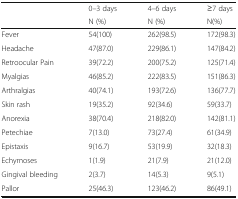
|  | 0–3 days | 4–6 days | ≥7 days |
 |  | N (%) | N (%) | N(%) |
 | --- | --- | --- | --- |
 | Fever | 54(100) | 262(98.5) | 172(98.3) |
 | Headache | 47(87.0) | 229(86.1) | 147(84.2) |
 | Retroocular Pain | 39(72.2) | 200(75.2) | 125(71.4) |
 | Myalgias | 46(85.2) | 222(83.5) | 151(86.3) |
 | Arthralgias | 40(74.1) | 193(72.6) | 136(77.7) |
 | Skin rash | 19(35.2) | 92(34.6) | 59(33.7) |
 | Anorexia | 38(70.4) | 218(82.0) | 142(81.1) |
 | Petechiae | 7(13.0) | 73(27.4) | 61(34.9) |
 | Epistaxis | 9(16.7) | 53(19.9) | 32(18.3) |
 | Echymoses | 1(1.9) | 21(7.9) | 21(12.0) |
 | Gingival bleeding | 2(3.7) | 14(5.3) | 9(5.1) |
 | Pallor | 25(46.3) | 123(46.2) | 86(49.1) |